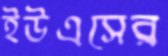
ইউএসের